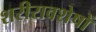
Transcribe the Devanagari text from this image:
शरीरावशेषों